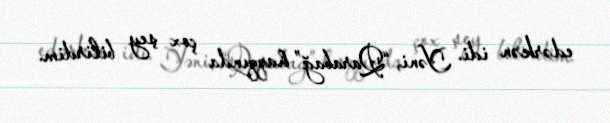
edərkən idi. Yəni, “Qarabağ” haqqında çox şey bilirdim.